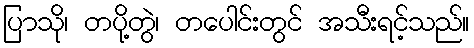
ပြာသို၊ တပို့တွဲ၊ တပေါင်းတွင် အသီးရင့်သည်။